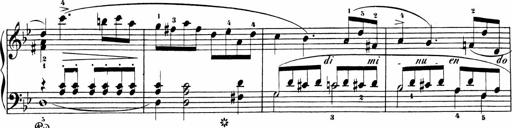
Title: Sonatinas
Composer: Andrew Violette